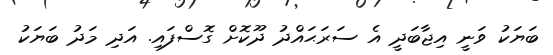
ބަޔަކު ވަނީ އިޖާބަދީ އެ ސަރަޙައްދު ދޫކޮށް ގޮސްފައި. އަދި މަދު ބަޔަކު